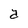
Character: a